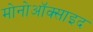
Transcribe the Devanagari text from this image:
मोनोऑक्साइद